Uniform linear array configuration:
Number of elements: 32
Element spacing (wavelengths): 1
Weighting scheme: hamming
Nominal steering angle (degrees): -60
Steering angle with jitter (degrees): -61.485
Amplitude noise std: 0.05
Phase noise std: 0.05

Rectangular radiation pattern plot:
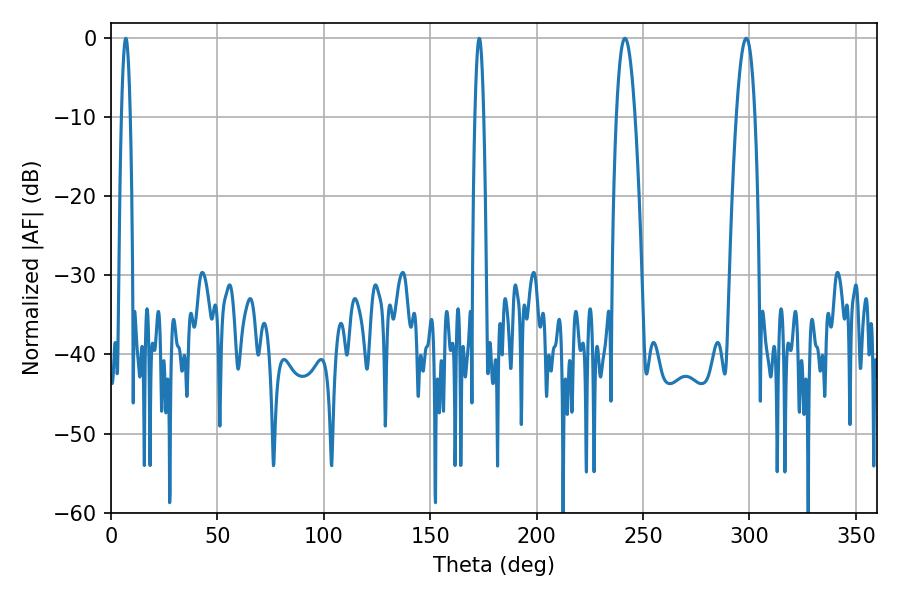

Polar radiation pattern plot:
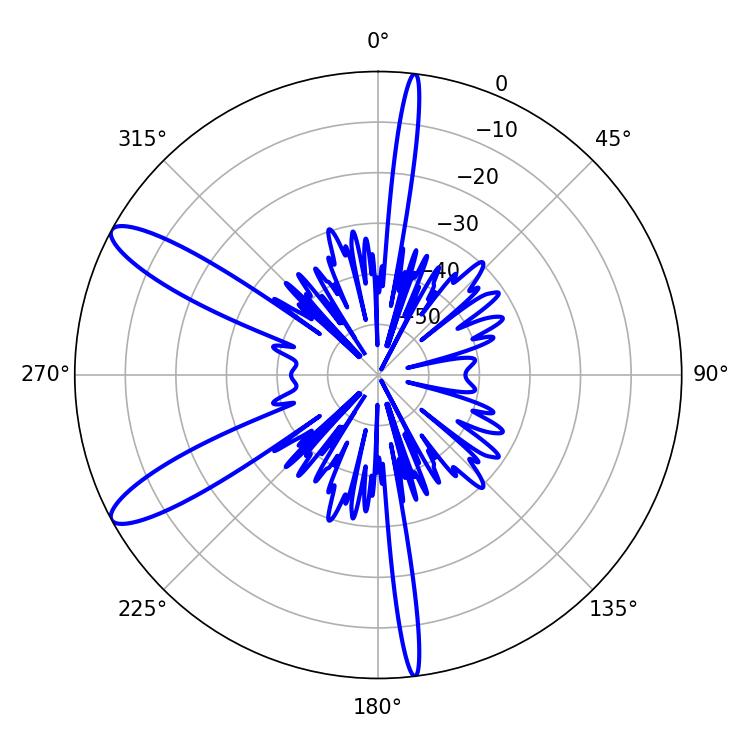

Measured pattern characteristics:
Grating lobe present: TRUE
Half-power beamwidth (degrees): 4.86
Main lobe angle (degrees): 241.56